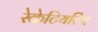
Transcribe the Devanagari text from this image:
रेकेटियरिंग